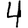
Digit: 4